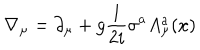
\nabla _ { \mu } = \partial _ { \mu } + g \frac { 1 } { 2 i } \sigma ^ { a } A _ { \mu } ^ { a } ( x )